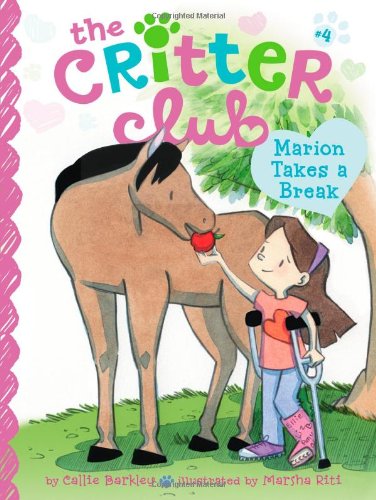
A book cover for Marion Takes a Break (The Critter Club); Callie Barkley; Children's Books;